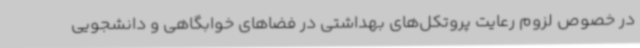
در خصوص لزوم رعایت پروتکل‌های بهداشتی در فضاهای خوابگاهی و دانشجویی